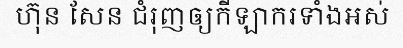
ហ៊ុន សែន ជំរុញឲ្យកីឡាករទាំងអស់